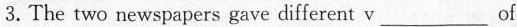
3.The two newspapers gave different v ___ of